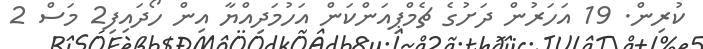
ކުރިން. 19 އަހަރުން ދަށުގެ ޗެމްޕިއަންކަން އަހުމަދިއްޔާ އިން ހޯދައިފި2 މަސް 2